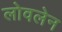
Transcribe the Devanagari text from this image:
लोवलेन